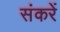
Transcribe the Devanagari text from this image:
संकरें